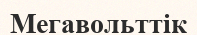
Мегавольттік